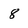
Character: 8